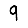
Digit: 9